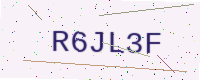
Text: R6JL3F